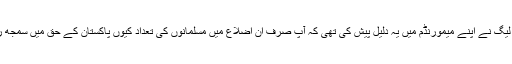
اور مسلم لیگ نے اپنے میمورنڈم میں یہ دلیل پیش کی تھی کہ آپ صرف ان اضلاع میں مسلمانوں کی تعداد کیوں پاکستان کے حق میں سمجھ رہے ہیں۔